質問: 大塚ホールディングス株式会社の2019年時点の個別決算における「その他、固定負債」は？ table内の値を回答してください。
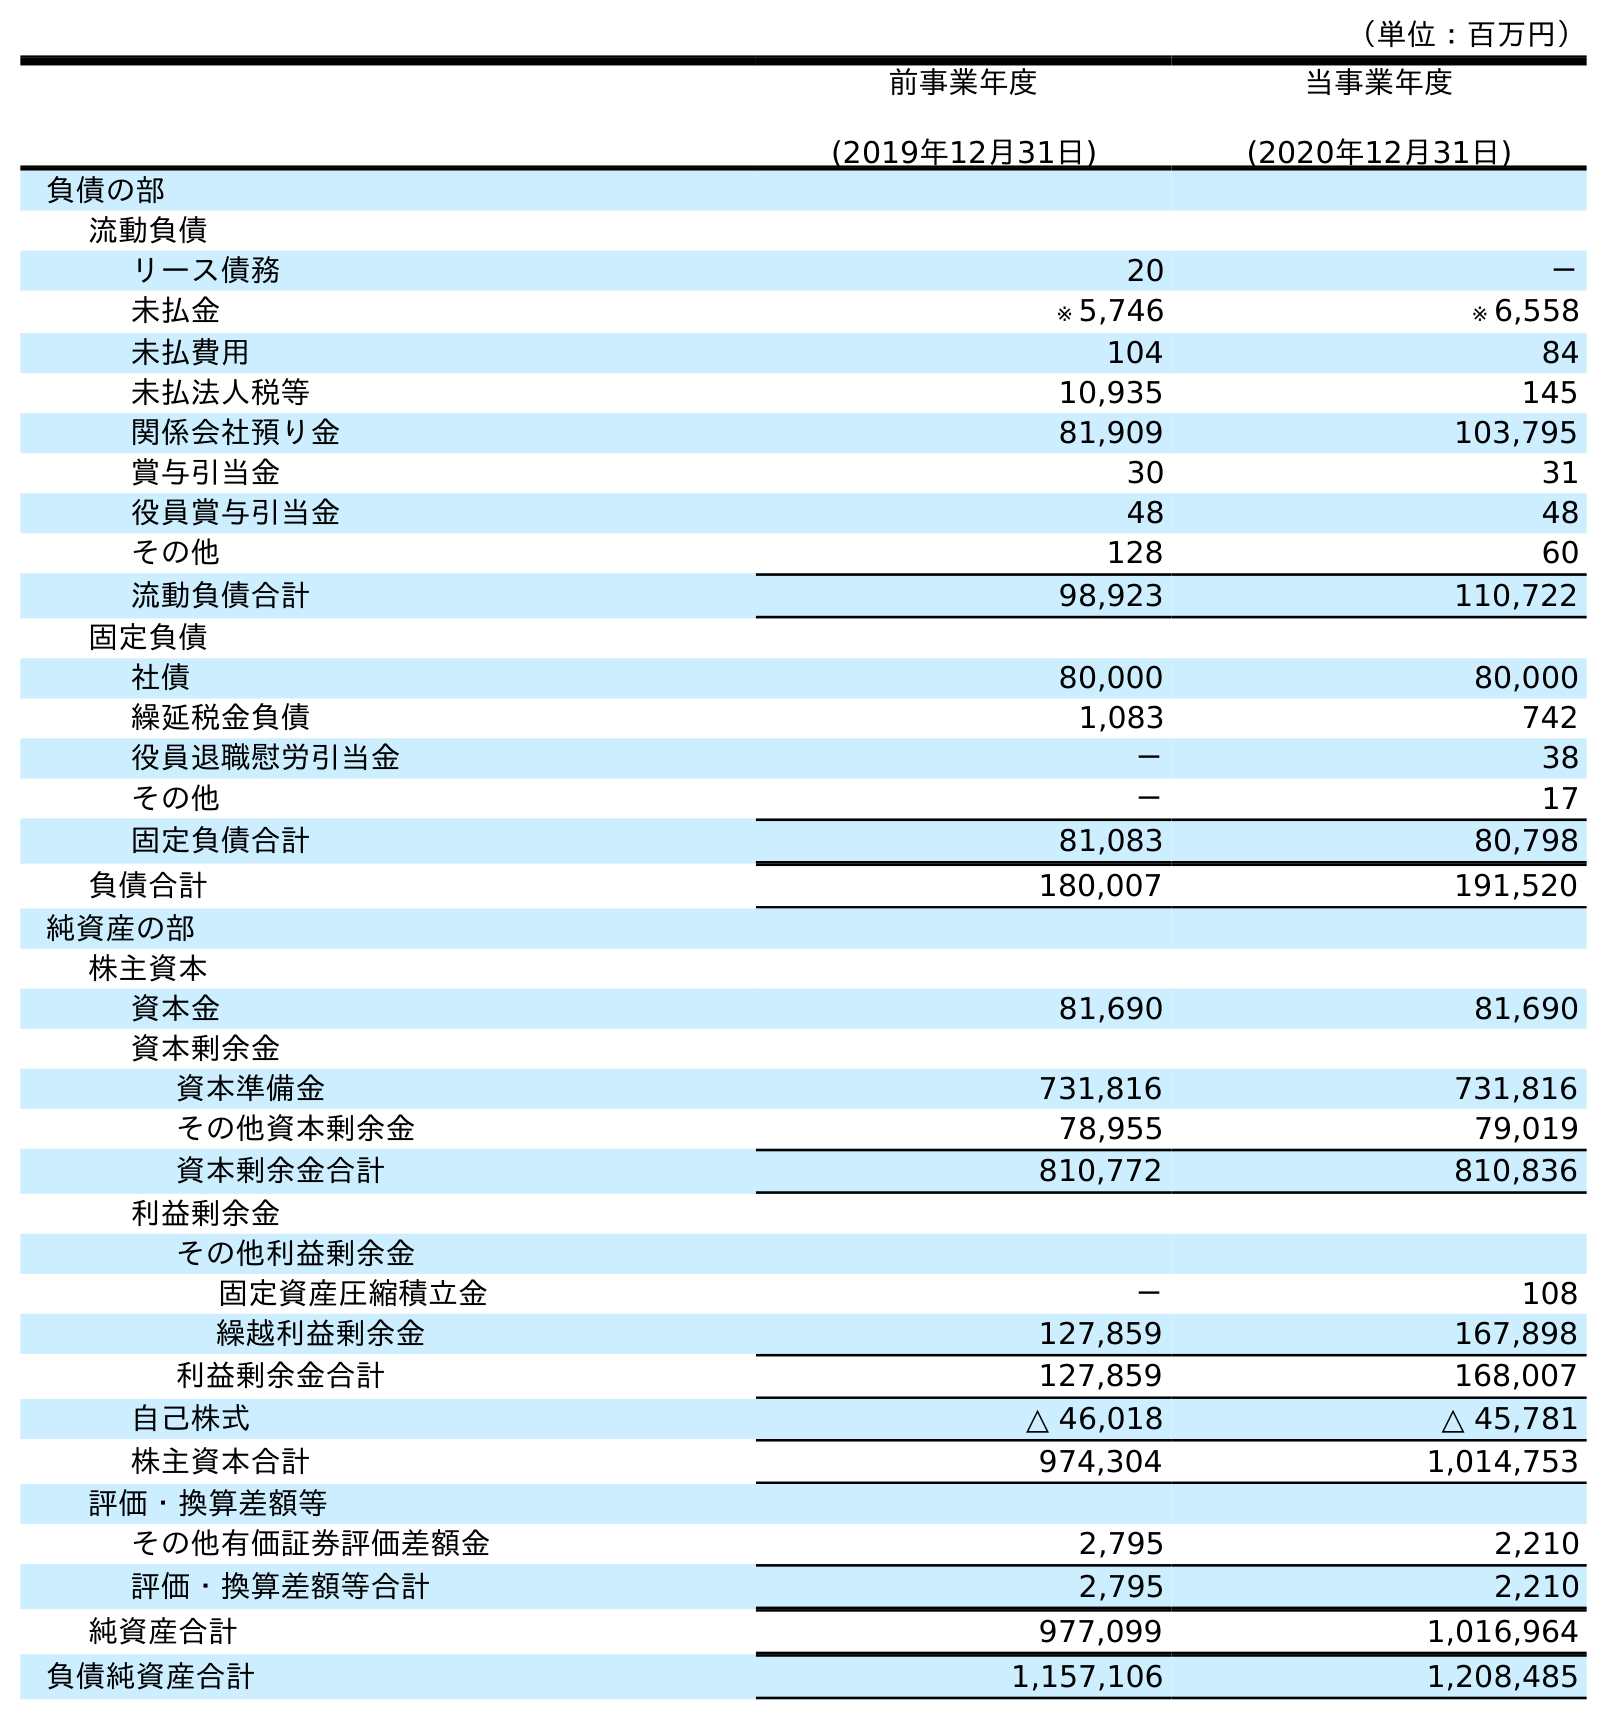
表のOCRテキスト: （単位：百万円） 前事業年度 (2019年12月31日) 当事業年度 (2020年12月31日) 負債の部 流動負債 リース債務 20 － 未払金 ※ 5,746 ※ 6,558 未払費用 104 84 未払法人税等 10,935 145 関係会社預り金 81,909 103,795 賞与引当金 30 31 役員賞与引当金 48 48 その他 128 60 流動負債合計 98,923 110,722 固定負債 社債 80,000 80,000 繰延税金負債 1,083 742 役員退職慰労引当金 － 38 その他 － 17 固定負債合計 81,083 80,798 負債合計 180,007 191,520 純資産の部 株主資本 資本金 81,690 81,690 資本剰余金 資本準備金 731,816 731,816 その他資本剰余金 78,955 79,019 資本剰余金合計 810,772 810,836 利益剰余金 その他利益剰余金 固定資産圧縮積立金 － 108 繰越利益剰余金 127,859 167,898 利益剰余金合計 127,859 168,007 自己株式 △ 46,018 △ 45,781 株主資本合計 974,304 1,014,753 評価・換算差額等 その他有価証券評価差額金 2,795 2,210 評価・換算差額等合計 2,795 2,210 純資産合計 977,099 1,016,964 負債純資産合計 1,157,106 1,208,485
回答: －